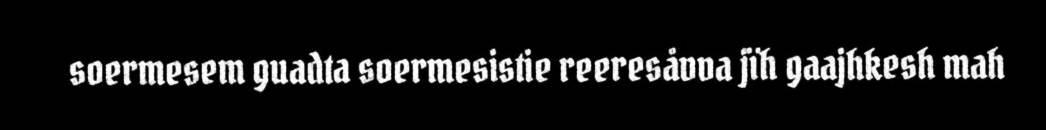
soermesem guadta soermesistie reeresåvva jïh gaajhkesh mah